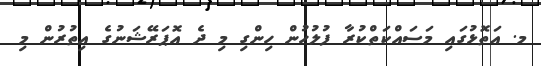
މ. އަތޮޅުގައި މަސައްކަތްކުރާ ފުލުހުން ހިންގި މި ދެ އޮޕަރޭޝަނުގެ އިތުރުން މި